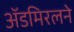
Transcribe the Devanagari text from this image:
ॲडमिरलने